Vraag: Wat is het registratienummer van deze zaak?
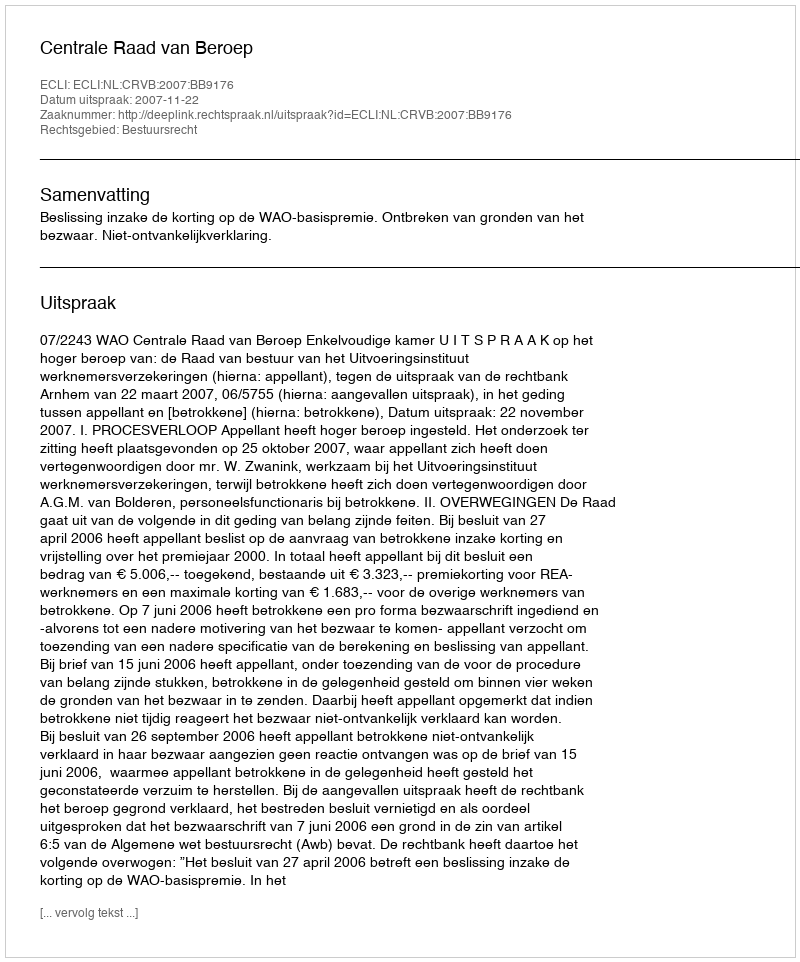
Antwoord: http://deeplink.rechtspraak.nl/uitspraak?id=ECLI:NL:CRVB:2007:BB9176